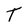
Character: T